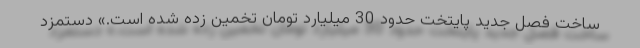
ساخت فصل جدید پایتخت حدود 30 میلیارد تومان تخمین زده شده است.» دستمزد